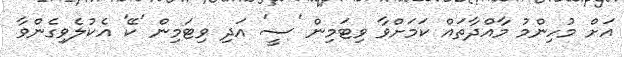
އަށް މުހިންމު މާއްދާތައް ކަމަށްވާ ވިޓަމިން 'ސީ' އަދި ވިޓަމިން 'ކޭ' އެކުލެވިގެންވާ